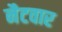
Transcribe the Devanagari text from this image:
नैटवार